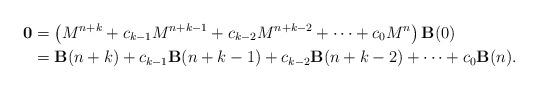
LaTeX: \begin{align*}\mathbf{0}&=\left(M^{n+k}+c_{k-1}M^{n+k-1}+c_{k-2}M^{n+k-2}+\cdots+c_0M^n\right)\mathbf{B}(0)\\ &=\mathbf{B}(n+k)+c_{k-1}\mathbf{B}(n+k-1)+c_{k-2}\mathbf{B}(n+k-2)+\cdots+c_0\mathbf{B}(n).\end{align*}